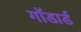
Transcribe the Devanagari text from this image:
गॉडार्ड